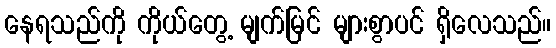
နေရသည်ကို ကိုယ်တွေ့ မျက်မြင် များစွာပင် ရှိလေသည်။